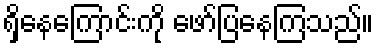
ရှိနေကြောင်းကို ဖော်ပြနေကြသည်။